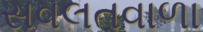
સવલતવાળા